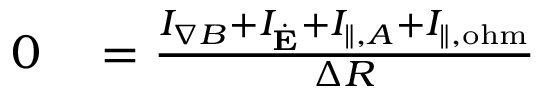
\begin{array} { r l } { 0 } & { { } = \frac { I _ { \nabla B } + I _ { \dot { \mathbf { E } } } + I _ { \| , A } + I _ { \| , \mathrm { o h m } } } { \Delta R } } \end{array}